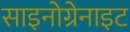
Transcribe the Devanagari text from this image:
साइनोग्रेनाइट